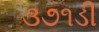
૩૭૧ડી